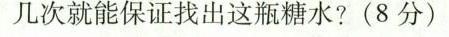
几次就能保证找出这瓶糖水?(8分)